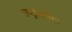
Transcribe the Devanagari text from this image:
राष्ट्रांवरील